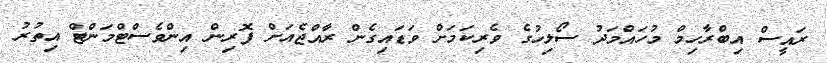
ރައީސް އިބްރާހިމް މުހައްމަދު ސޯލިހުގެ ވެރިކަމަށް ވަޑައިގެން ރާއްޖެއަށް ފޮރިން އިންވެސްޓްމަންޓް އިތުރު